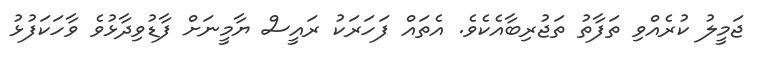
ޖަމީލު ކުރެއްވި ތަފާތު ތަޖުރިބާއެކެވެ. އެތައް ފަހަރަކު ރައީސް ޔާމީނަށް ފާޑުވިދާޅުވެ ވާހަކަފުޅު